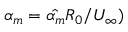
\alpha _ { m } = \hat { \alpha _ { m } } R _ { 0 } / U _ { \infty } )